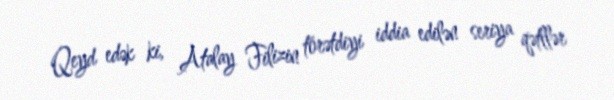
Qeyd edək ki, Atalay Filizin törətdiyi iddia edilən seriya qətllər